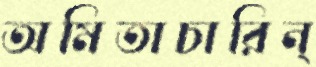
অমিতাচারিন্